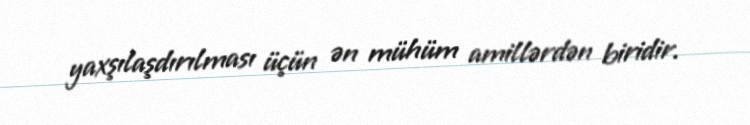
yaxşılaşdırılması üçün ən mühüm amillərdən biridir.